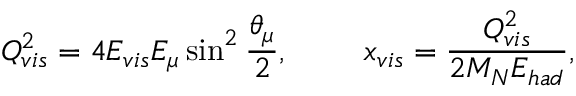
Q _ { v i s } ^ { 2 } = 4 E _ { v i s } E _ { \mu } \sin ^ { 2 } { \frac { \theta _ { \mu } } { 2 } } , ~ ~ ~ ~ ~ ~ ~ x _ { v i s } = { \frac { Q _ { v i s } ^ { 2 } } { 2 M _ { N } E _ { h a d } } } ,